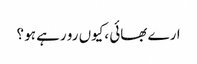
ارے بھائی ،کیوں رو رہے ہو ؟